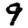
Digit: 9